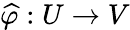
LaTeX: {\widehat{\varphi}}:U\to V